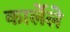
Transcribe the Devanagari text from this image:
कार्लेले